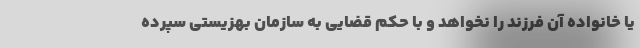
یا خانواده آن فرزند را نخواهد و با حکم قضایی به سازمان بهزیستی سپرده